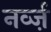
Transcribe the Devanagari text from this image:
नर्व्ज़